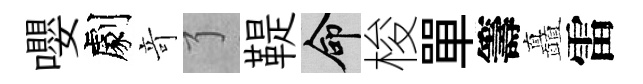
嚶劇竒了鞮命梭單籌矗雷